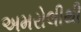
અમરોલીથી